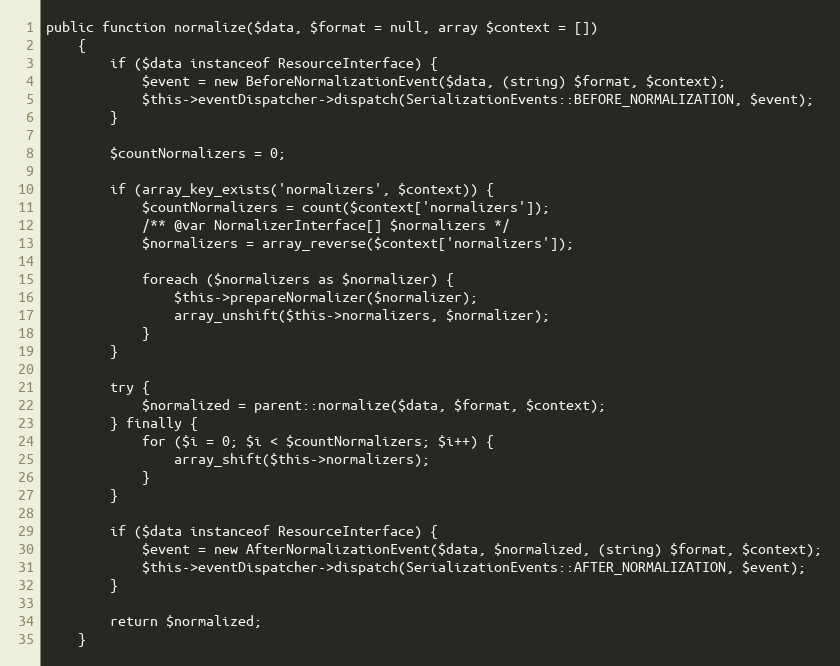
Language: PHP
public function normalize($data, $format = null, array $context = [])
    {
        if ($data instanceof ResourceInterface) {
            $event = new BeforeNormalizationEvent($data, (string) $format, $context);
            $this->eventDispatcher->dispatch(SerializationEvents::BEFORE_NORMALIZATION, $event);
        }

        $countNormalizers = 0;

        if (array_key_exists('normalizers', $context)) {
            $countNormalizers = count($context['normalizers']);
            /** @var NormalizerInterface[] $normalizers */
            $normalizers = array_reverse($context['normalizers']);

            foreach ($normalizers as $normalizer) {
                $this->prepareNormalizer($normalizer);
                array_unshift($this->normalizers, $normalizer);
            }
        }

        try {
            $normalized = parent::normalize($data, $format, $context);
        } finally {
            for ($i = 0; $i < $countNormalizers; $i++) {
                array_shift($this->normalizers);
            }
        }

        if ($data instanceof ResourceInterface) {
            $event = new AfterNormalizationEvent($data, $normalized, (string) $format, $context);
            $this->eventDispatcher->dispatch(SerializationEvents::AFTER_NORMALIZATION, $event);
        }

        return $normalized;
    }